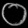
Digit: ၀